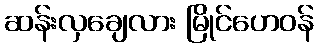
ဆန်းလှချေလား မြိုင်ဟေဝန်